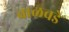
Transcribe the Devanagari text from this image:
बाळवडे